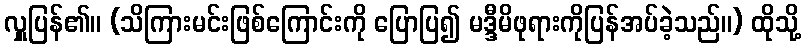
လှူပြန်၏။ (သိကြားမင်းဖြစ်ကြောင်းကို ပြောပြ၍ မဒ္ဒီမိဖုရားကိုပြန်အပ်ခဲ့သည်။) ထိုသို့